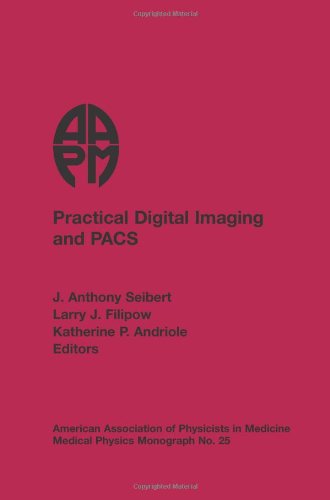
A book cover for Practical Digital Imaging & Pacs: 1999 AAPM Summer School Proceedings (Medical Physics Monograph); J. Anthony Seibert; Education & Teaching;